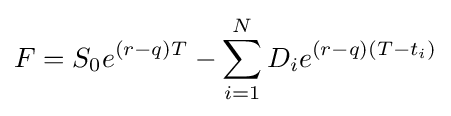
F=S_{0}e^{(r-q)T}-\sum _{i=1}^{N}D_{i}e^{(r-q)(T-t_{i})}